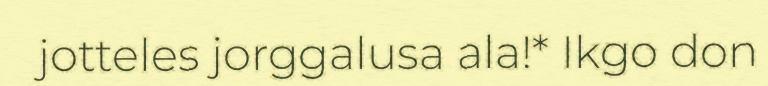
jotteles jorggalusa ala!* Ikgo don